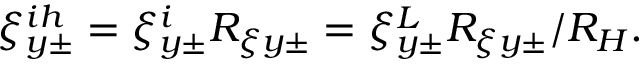
\xi _ { y \pm } ^ { i h } = \xi _ { y \pm } ^ { i } R _ { \xi y \pm } = \xi _ { y \pm } ^ { L } R _ { \xi y \pm } / R _ { H } .